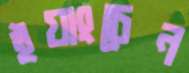
ইয়াংচেন